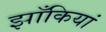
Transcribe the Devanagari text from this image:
झाँकियां